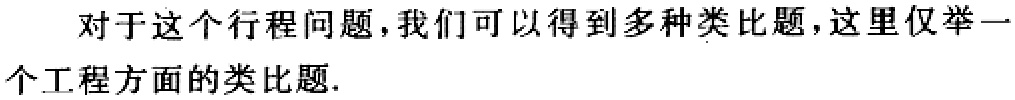
对于这个行程问题，我们可以得到多种类比题，这里仅举一个工程方面的类比题.